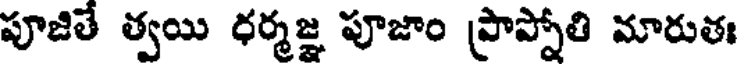
పూజితే త్వయి ధర్మజ్ఞ పూజాం ప్రాప్నోతి మారుతః